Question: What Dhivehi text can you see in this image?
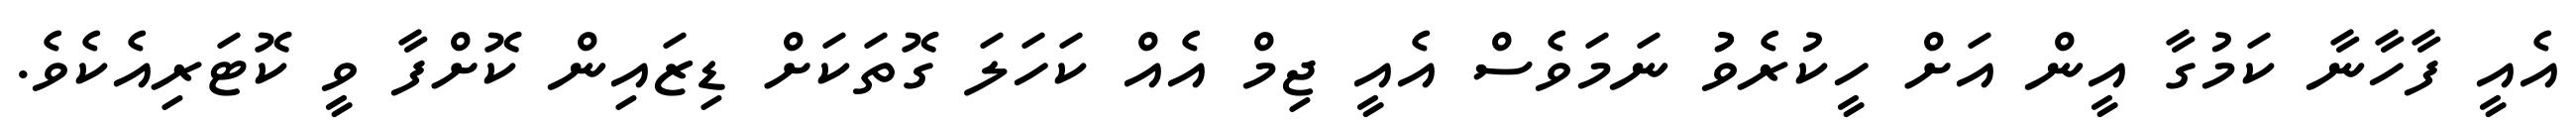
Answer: އެއީ ފާހާނާ ކަމުގާ އީން އަށް ހީކުރެވުު ނަމަވެސް އެއީ ޖިމް އެއް ކަހަލަ ގޮތަކަށް ޑިޒައިން ކޮށްފާ ވީ ކޮޓަރިއެކެވެ.